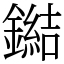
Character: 鐑